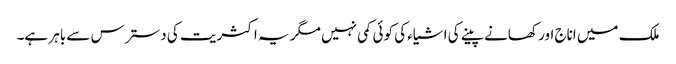
ملک میں اناج اور کھانے پینے کی اشیاء کی کوئی کمی نہیں مگر یہ اکثریت کی دسترس سے باہر ہے۔